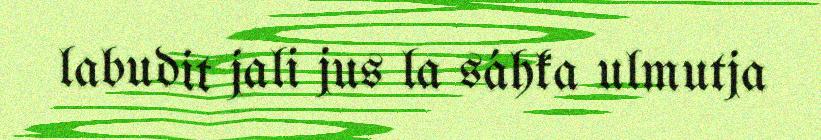
labudit jali jus la sáhka ulmutja